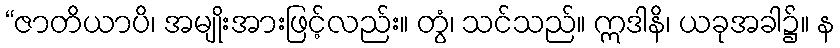
“ဇာတိယာပိ၊ အမျိုးအားဖြင့်လည်း။ တွံ၊ သင်သည်။ ဣဒါနိ၊ ယခုအခါ၌။ န